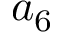
a _ { 6 }